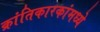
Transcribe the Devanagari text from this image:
क्रांतिकारकांमध्ये